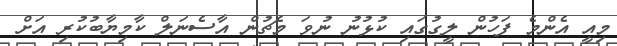
މިއީ އެންމެ ފަހުން ލީގުގައި ކުޅުނު ނުވަ މެޗުން އާސެނަލް ކާމިޔާބުކުރި އަށް